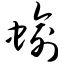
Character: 蝓